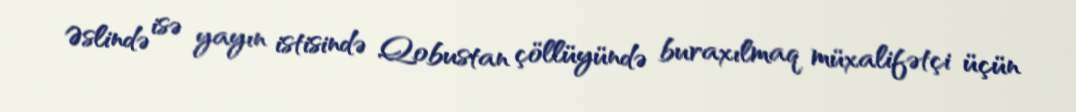
Əslində isə yayın istisində Qobustan çöllüyündə buraxılmaq müxalifətçi üçün